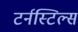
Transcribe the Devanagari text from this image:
टर्नस्टिल्स